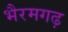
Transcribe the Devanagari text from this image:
भैरमगढ़